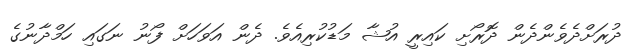
ދުރަށްދެވެންދެން ދޮރޯށި ކައިރީ އުޝާ މަޑުކުރިއެވެ. ދެން އަވަހަށް ފޯނު ނަގައި ހަމްދާނުގެ